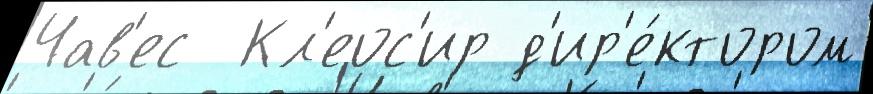
Чав'ес  Кл'еос'ир д'ир'е́ктором